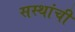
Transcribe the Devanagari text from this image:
सस्थांची